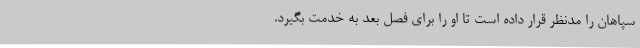
سپاهان را مدنظر قرار داده است تا او را برای فصل بعد به خدمت بگیرد.